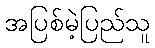
အပြစ်မဲ့ပြည်သူ